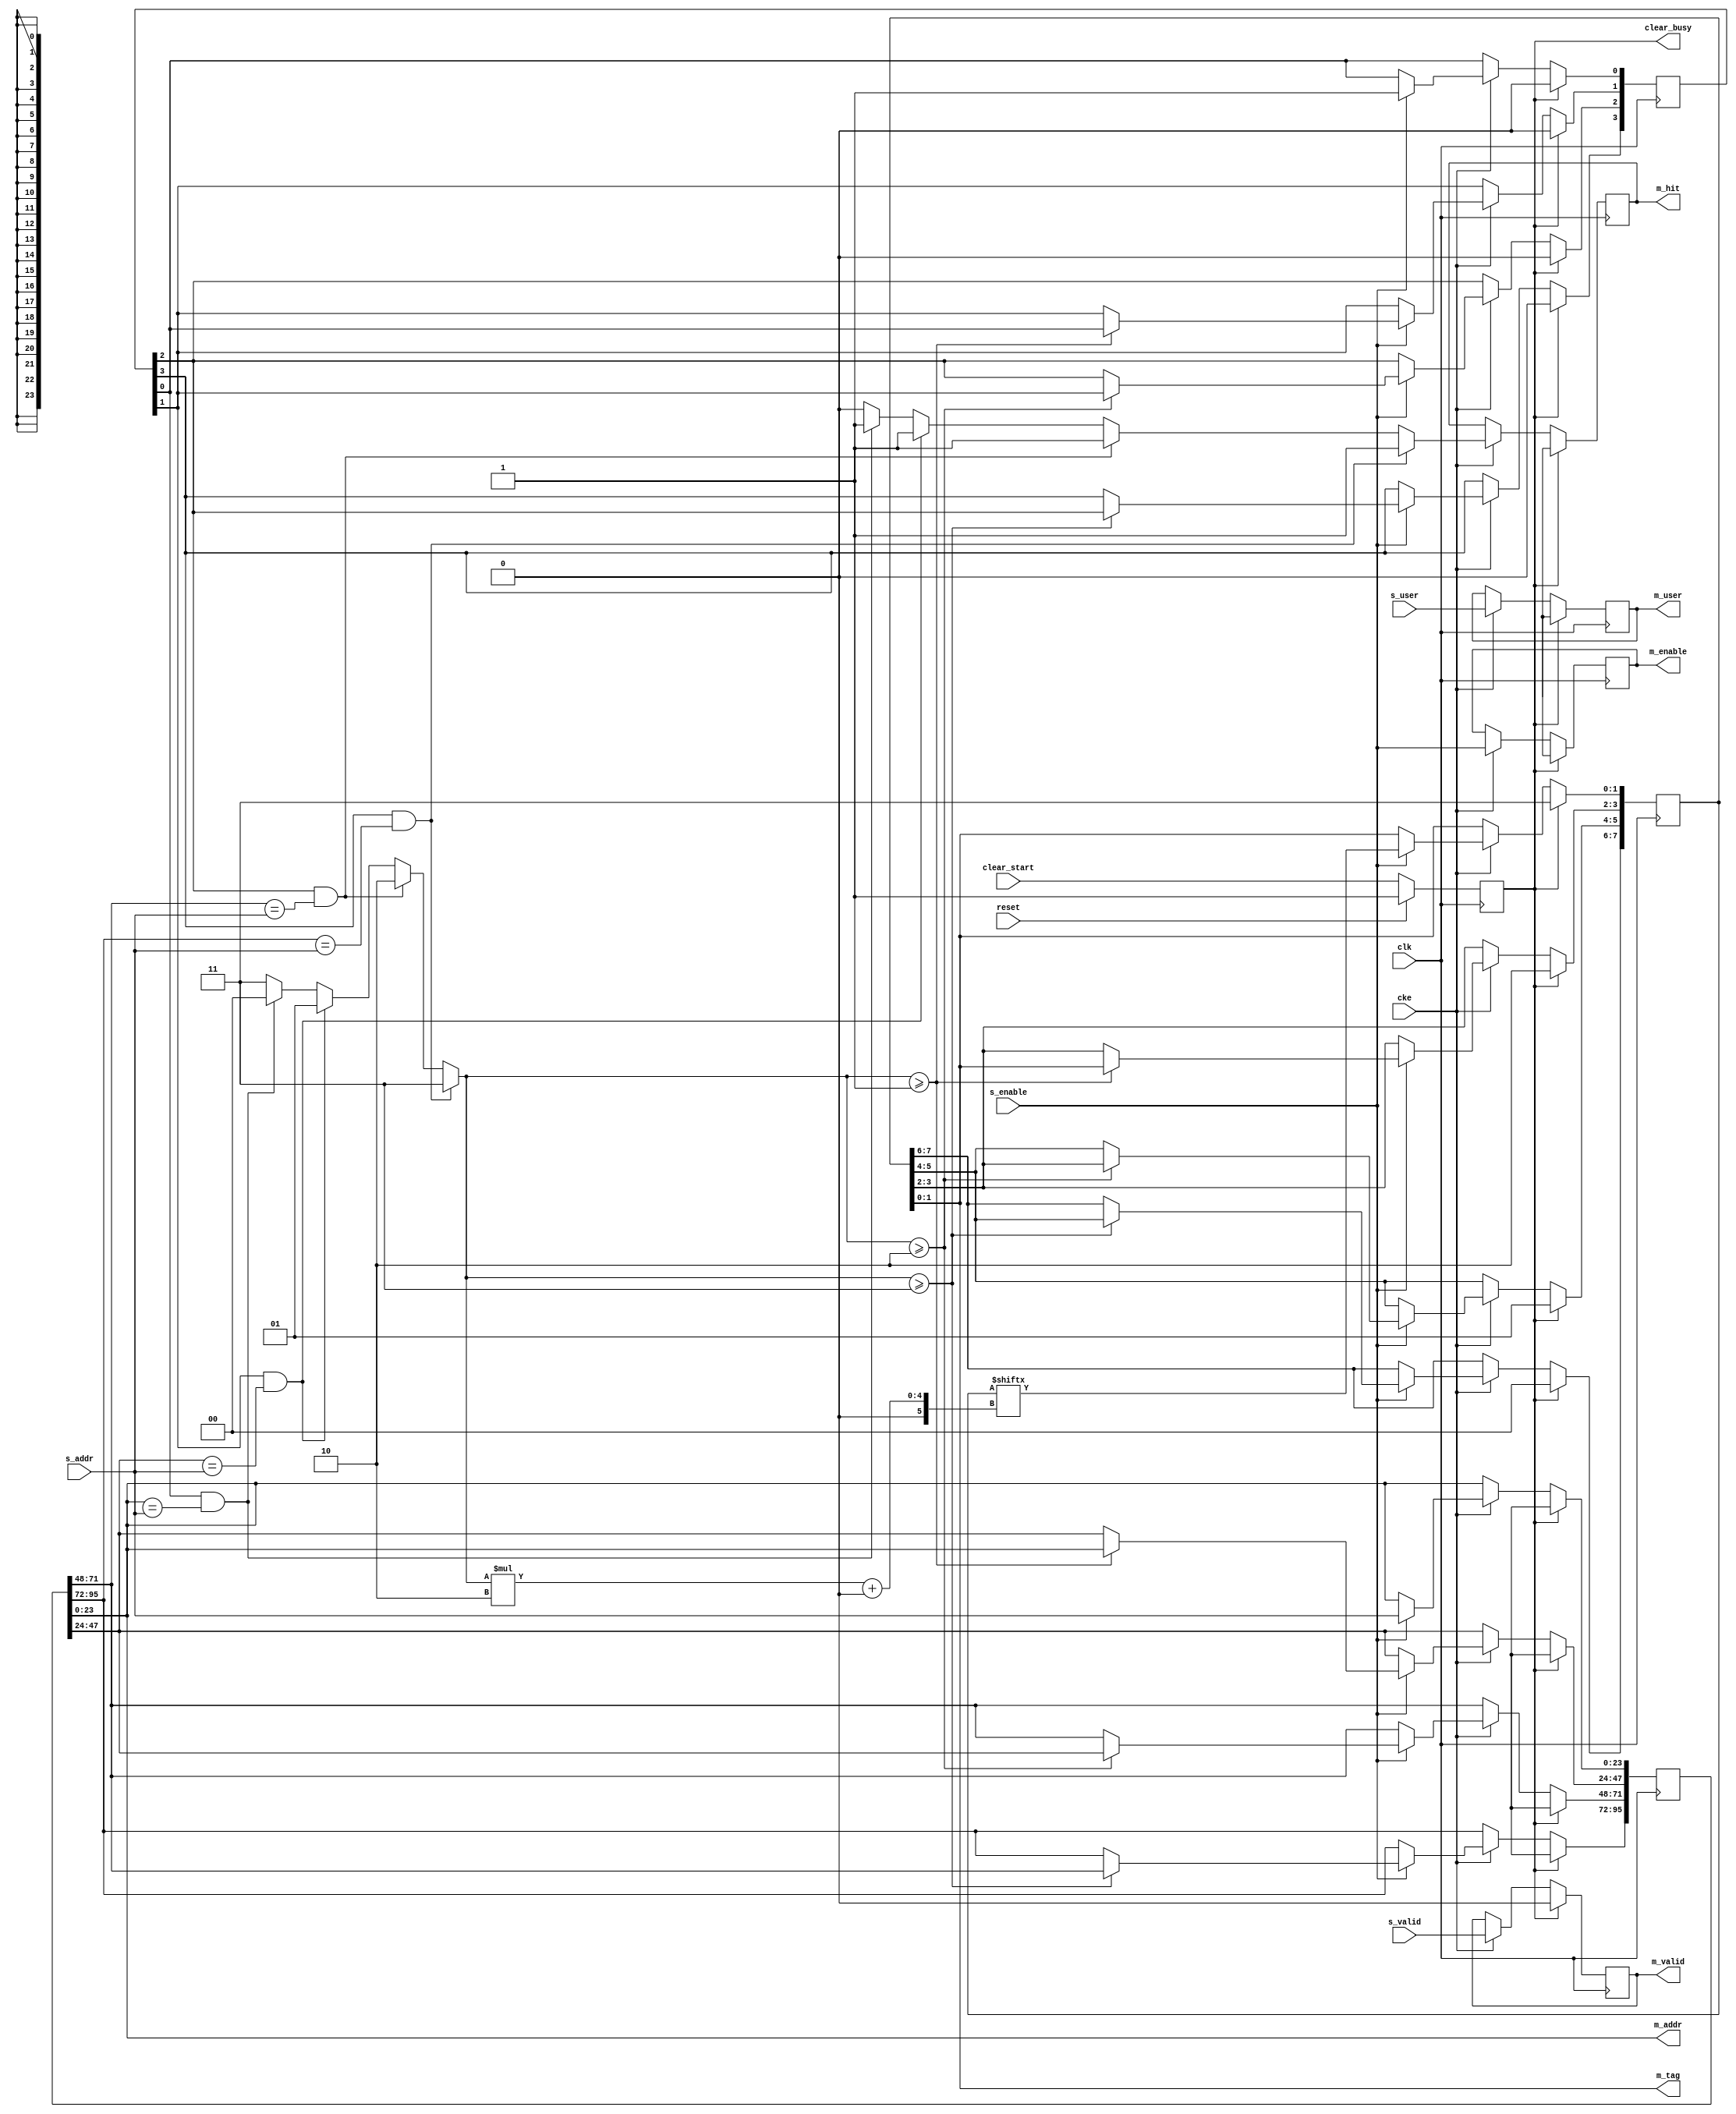
module jelly_cache_tag_full
        #(
            parameter   USER_WIDTH = 1,
            
            parameter   ADDR_WIDTH = 24,
            parameter   TAG_WIDTH  = 2,
            parameter   TAG_NUM    = (1 << TAG_WIDTH)
        )
        (
            input   wire                        reset,
            input   wire                        clk,
            input   wire                        cke,
            
            input   wire                        clear_start,
            output  wire                        clear_busy,
            
            input   wire    [USER_BITS-1:0]     s_user,
            input   wire                        s_enable,
            input   wire    [ADDR_WIDTH-1:0]    s_addr,
            input   wire                        s_valid,
            
            output  wire    [USER_BITS-1:0]     m_user,
            output  wire                        m_enable,
            output  wire    [ADDR_WIDTH-1:0]    m_addr,
            output  wire    [TAG_WIDTH-1:0]     m_tag,
            output  wire                        m_hit,
            output  wire                        m_valid
        );
    
    localparam  USER_BITS = USER_WIDTH > 0 ? USER_WIDTH : 1;
    
    integer                             i;
    
    reg                                 reg_clear;
    always @(posedge clk) begin
        if ( reset ) begin
            reg_clear <= 1'b1;
        end
        else begin
            reg_clear <= clear_start;
        end
    end
    assign clear_busy = reg_clear;
    
    
    reg     [TAG_NUM-1:0]               reg_en;
    reg     [TAG_NUM*ADDR_WIDTH-1:0]    reg_addr;
    reg     [TAG_NUM*TAG_WIDTH-1:0]     reg_tag;
    
    reg     [USER_BITS-1:0]             reg_user;
    reg                                 reg_enable;
    reg                                 reg_hit;
    reg                                 reg_valid;
    
    reg                                 sig_hit;
    reg     [TAG_WIDTH-1:0]             sig_pos;
    
    always @* begin
        sig_hit = 1'b0;
        sig_pos = TAG_NUM-1;
        for ( i = 0; i < TAG_NUM; i = i+1 ) begin
            if ( reg_en[i] && (reg_addr[i*ADDR_WIDTH +: ADDR_WIDTH] == s_addr) ) begin
                sig_hit = 1'b1;
                sig_pos = i;
            end
        end
    end
    
    
    always @(posedge clk) begin
        if ( reg_clear ) begin
            reg_en   <= {TAG_NUM{1'b0}};
            reg_addr <= {(TAG_NUM*ADDR_WIDTH){1'bx}};
            for ( i = 0; i < TAG_NUM; i = i+1 ) begin
                reg_tag[i*TAG_WIDTH +: TAG_WIDTH] <= (TAG_NUM-1) - i;
            end
            
            reg_user   <= {USER_BITS{1'bx}};
            reg_enable <= 1'bx;
            reg_hit    <= 1'bx;
            reg_valid  <= 1'b0;
        end
        else if ( cke ) begin
            if ( s_enable ) begin
                reg_en  [0]                          <= 1'b1;
                reg_addr[0*ADDR_WIDTH +: ADDR_WIDTH] <= s_addr;
                reg_tag [0*TAG_WIDTH  +: TAG_WIDTH]  <= reg_tag[sig_pos*TAG_WIDTH +: TAG_WIDTH];
                
                for ( i = 1; i < TAG_NUM; i = i+1 ) begin
                    if ( sig_pos >= i ) begin
                        reg_en  [i]                          <= reg_en  [(i-1)];
                        reg_addr[i*ADDR_WIDTH +: ADDR_WIDTH] <= reg_addr[(i-1)*ADDR_WIDTH +: ADDR_WIDTH];
                        reg_tag [i*TAG_WIDTH  +: TAG_WIDTH]  <= reg_tag [(i-1)*TAG_WIDTH  +: TAG_WIDTH];
                    end
                end
            end
            
            reg_user   <= s_user;
            reg_enable <= s_enable;
            reg_hit    <= sig_hit;
            reg_valid  <= s_valid;
        end
    end
    
    assign m_user   = reg_user;
    assign m_enable = reg_enable;
    assign m_addr   = reg_addr[ADDR_WIDTH-1:0];
    assign m_tag    = reg_tag[TAG_WIDTH-1:0];
    assign m_hit    = reg_hit;
    assign m_valid  = reg_valid;
    
endmodule